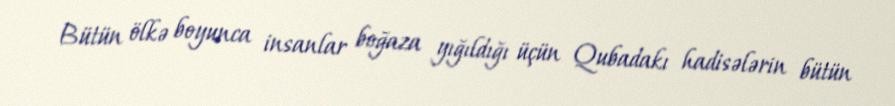
Bütün ölkə boyunca insanlar boğaza yığıldığı üçün Qubadakı hadisələrin bütün